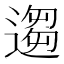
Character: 𫐻